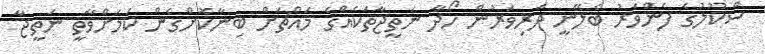
ސްކޫލުގެ ފެންވަރު ބެލޭނީ ދަރިވަރުން ހޯދާ ނަތީޖާތަކެއްގެ މައްޗަށް ބިނާކޮށްގެން ކަމަށްވާތީ ނަތީޖާ